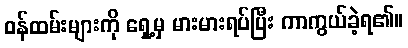
ဝန်ထမ်းများကို ရှေ့မှ မားမားရပ်ပြီး ကာကွယ်ခဲ့ရ၏။